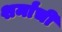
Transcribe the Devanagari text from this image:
शर्मांची